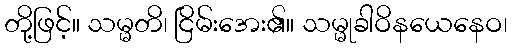
တို့ဖြင့်။ သမ္မတိ၊ ငြိမ်းအေး၏။ သမ္မုခါဝိနယေနေဝ၊